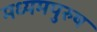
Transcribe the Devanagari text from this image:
मध्‍यमपुरुष